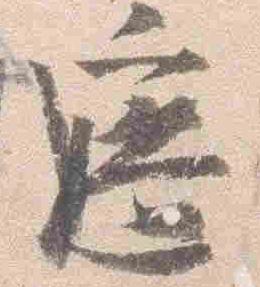
遮